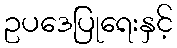
ဥပဒေပြုရေးနှင့်